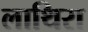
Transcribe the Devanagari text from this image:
लाथिरा